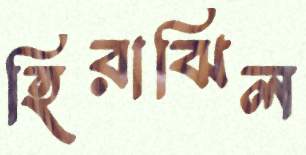
হিরাঝিল